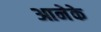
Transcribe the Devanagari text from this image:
आनेके